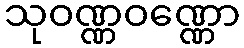
သုဝဏ္ဏဝဏ္ဏော